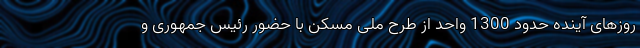
روزهای آینده حدود 1300 واحد از طرح ملی مسکن با حضور رئیس جمهوری و